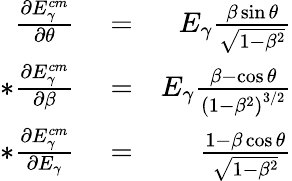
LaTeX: \begin{array}{rlr}{\frac{\partial E_{\gamma}^{cm}}{\partial\theta}}&{{}=}&{{}E_{\gamma}\frac{\beta\sin{\theta}}{\sqrt{1-\beta^{2}}}{}}\\ {*\frac{\partial E_{\gamma}^{cm}}{\partial\beta}}&{{}=}&{{}E_{\gamma}\frac{\beta-\cos{\theta}}{\left(1-\beta^{2}\right)^{3/2}}{}}\\ {*\frac{\partial E_{\gamma}^{cm}}{\partial E_{\gamma}}}&{{}=}&{{}\frac{1-\beta\cos{\theta}}{\sqrt{1-\beta^{2}}}}\end{array}